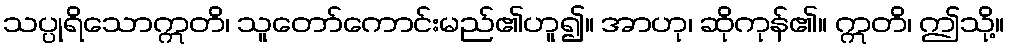
သပ္ပုရိသောဣတိ၊ သူတော်ကောင်းမည်၏ဟူ၍။ အာဟု၊ ဆိုကုန်၏။ ဣတိ၊ ဤသို့။